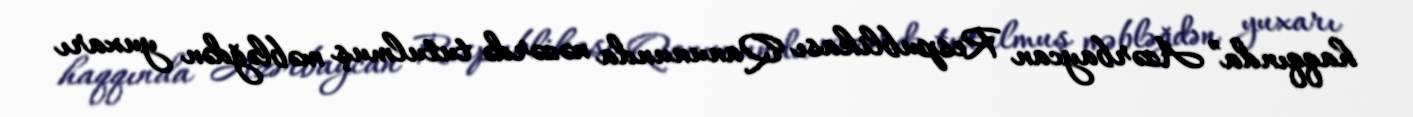
haqqında” Azərbaycan Respublikası Qanununda nəzərdə tutulmuş məbləğdən yuxarı